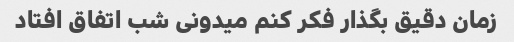
زمان دقیق بگذار فکر کنم میدونی شب اتفاق افتاد